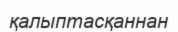
қалыптасқаннан